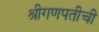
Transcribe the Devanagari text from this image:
श्रीगणपतीची